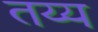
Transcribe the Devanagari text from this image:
तय्य